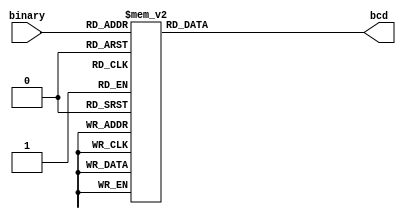
module bintobcd (
    input [3:0] binary,
    output reg [3:0] bcd
);

always @(*) begin
    case(binary)
        4'b0000: bcd = 4'b0000;
        4'b0001: bcd = 4'b0001;
        4'b0010: bcd = 4'b0010;
        4'b0011: bcd = 4'b0011;
        4'b0100: bcd = 4'b0100;
        4'b0101: bcd = 4'b0101;
        4'b0110: bcd = 4'b0110;
        4'b0111: bcd = 4'b0111;
        4'b1000: bcd = 4'b1000;
        4'b1001: bcd = 4'b1001;
        default: bcd = 4'b0000; 
    endcase
end
endmodule